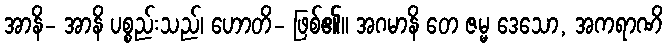
အာနိ- အာနိ ပစ္စည်းသည်၊ ဟောတိ- ဖြစ်၏။ အဂမာနိ တေ ဇမ္မ ဒေသော, အကရာဏိ